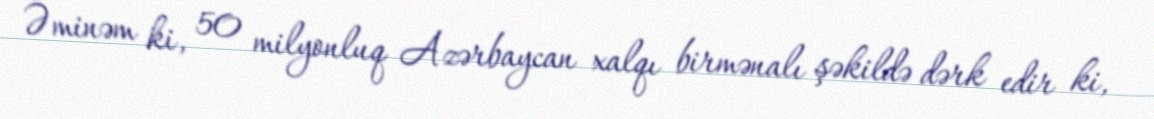
Əminəm ki, 50 milyonluq Azərbaycan xalqı birmənalı şəkildə dərk edir ki,